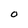
Character: O